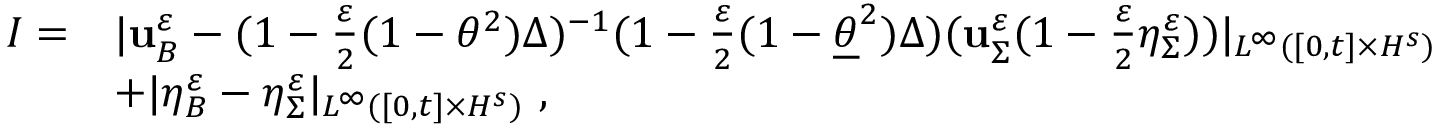
\begin{array} { r l } { I = } & { | \mathbf { u } _ { B } ^ { \varepsilon } - ( 1 - \frac { \varepsilon } { 2 } ( 1 - \theta ^ { 2 } ) \Delta ) ^ { - 1 } ( 1 - \frac { \varepsilon } { 2 } ( 1 - \underline { { \theta } } ^ { 2 } ) \Delta ) ( \mathbf { u } _ { \Sigma } ^ { \varepsilon } ( 1 - \frac { \varepsilon } { 2 } \eta _ { \Sigma } ^ { \varepsilon } ) ) | _ { L ^ { \infty } ( [ 0 , t ] \times H ^ { s } ) } } \\ & { + | \eta _ { B } ^ { \varepsilon } - \eta _ { \Sigma } ^ { \varepsilon } | _ { L ^ { \infty } ( [ 0 , t ] \times H ^ { s } ) } \ , } \end{array}